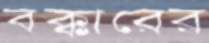
বক্কারের